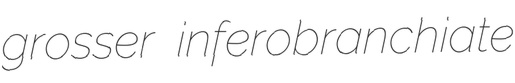
grosser inferobranchiate